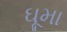
ઘૂમા